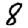
Digit: 8